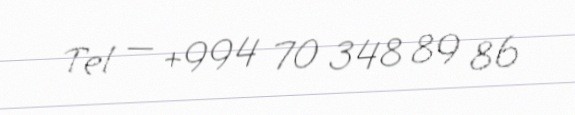
Tel — +994 70 348 89 86